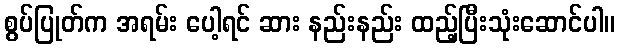
စွပ်ပြုတ်က အရမ်း ပေါ့ရင် ဆား နည်းနည်း ထည့်ပြီးသုံးဆောင်ပါ။